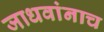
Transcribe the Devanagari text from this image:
जाधवांनाच